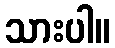
သားပါ။